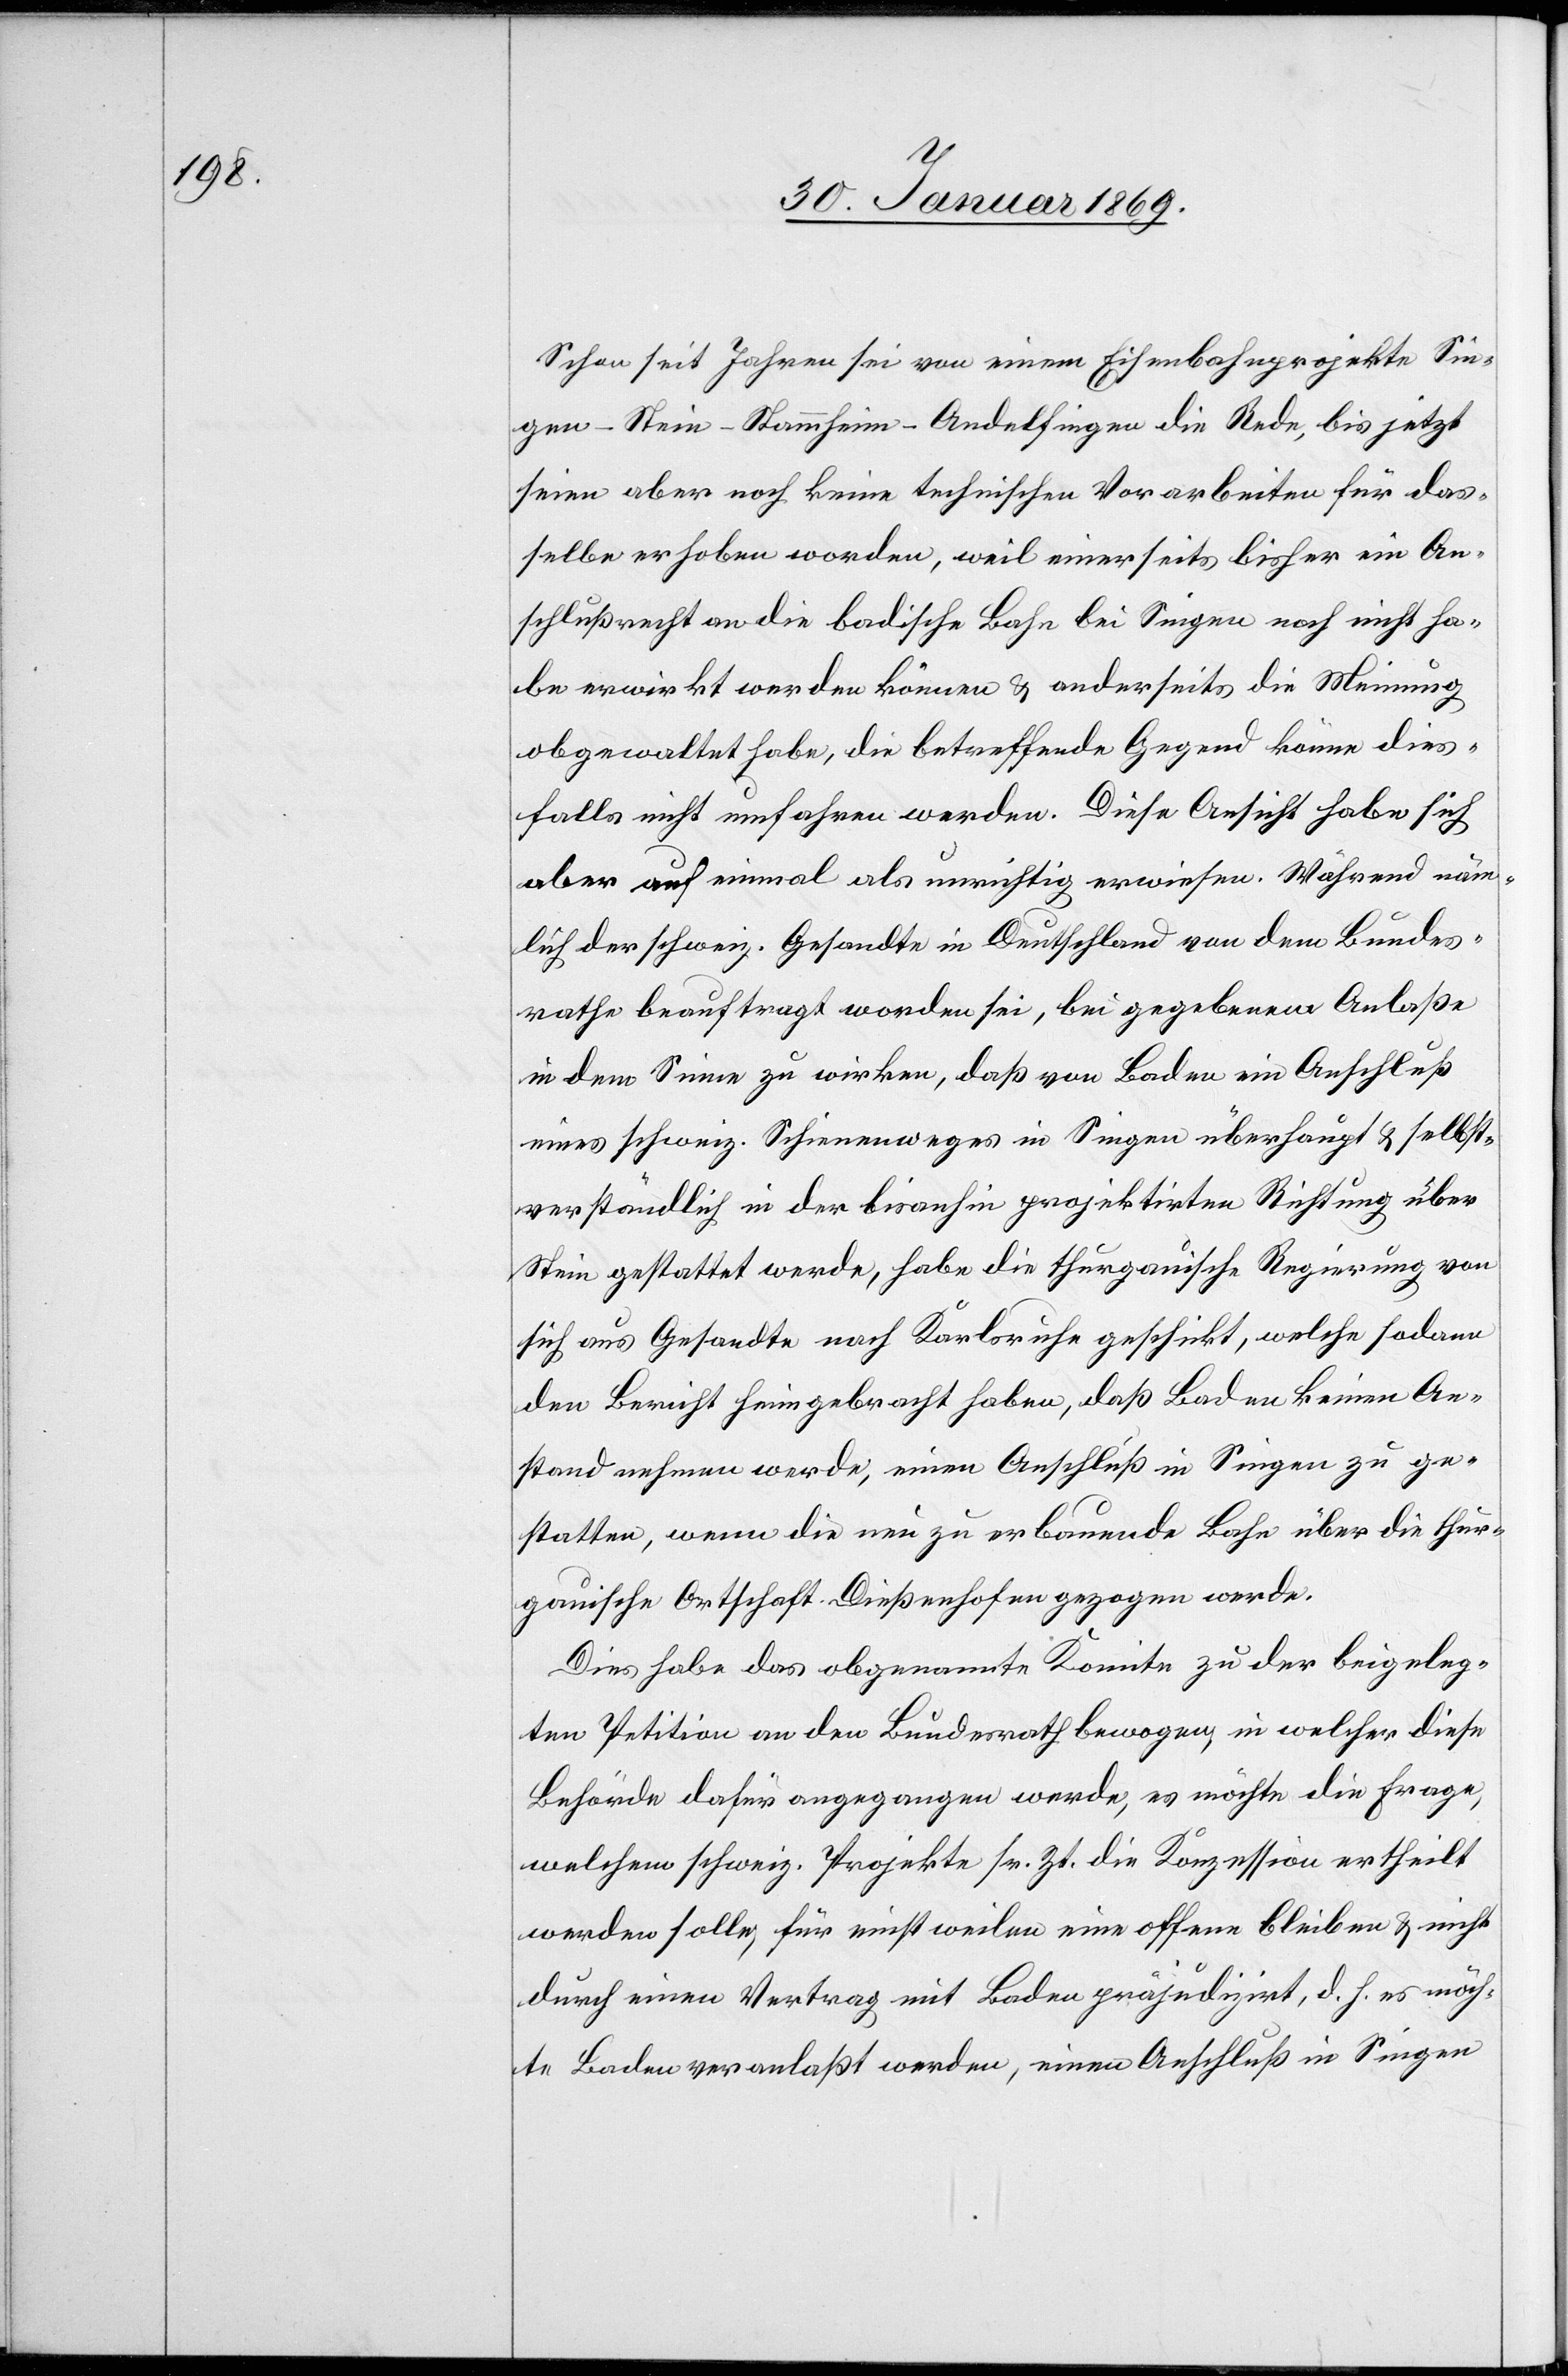
Schon seit Jahren sei von einem Eisenbahnprojekte Sin¬
gen–Stein–Stammheim–Andelfingen die Rede, bis jetzt
seien aber noch keine technischen Vorarbeiten für das¬
selbe erhoben worden, weil einerseits bisher ein An¬
schlußrecht an die badische Bahn bei Singen noch nicht ha¬
be erwirkt werden können u. anderseits die Meinung
obgewaltet habe, die betreffende Gegend könne dies¬
falls nicht umfahren werden. Diese Ansicht habe sich
aber auf einmal als unrichtig erwiesen. Während näm¬
lich der schweiz. Gesandte in Deutschland von dem Bundes¬
rathe beauftragt worden sei, bei gegebenem Anlaße
in dem Sinne zu wirken, daß von Baden im Anschluß
eines schweiz. Schienenweges in Singen überhaupt u. selbst¬
verständlich in der bisanhin projektirten Richtung über
Stein gestattet werde, habe die thurgauische Regierung von
sich aus Gesandte nach Karlsruhe geschickt, welche sodann
den Bericht heimgebracht haben, daß Baden keinen An¬
stand nehmen werde, einen Anschluß in Singen zu ge¬
statten, wenn die neu zu erbauende Bahn über die thur¬
gauische Ortschaft Dießenhofen gezogen werde.
Dies habe das obgenannte Komitee zu der beigeleg¬
ten Petition an den Bundesrath bewogen, in welcher diese
Behörde dafür angegangen werde, es möchte die Frage,
welchem schweiz. Projekte sr. Zt. die Konzession ertheilt
werden solle, für einstweilen eine offene bleiben u. nicht
durch einen Vertrag mit Baden präjudizirt, d. h. es möch¬
te Baden veranlaßt werden, einen Anschluß in Singen